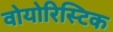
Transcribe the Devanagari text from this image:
वोयोरिस्टिक